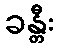
ခန္တီး